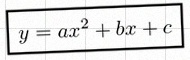
y=ax^2+bx+c